Calcutta medical institutions reports 1892-1900
Year: 1892
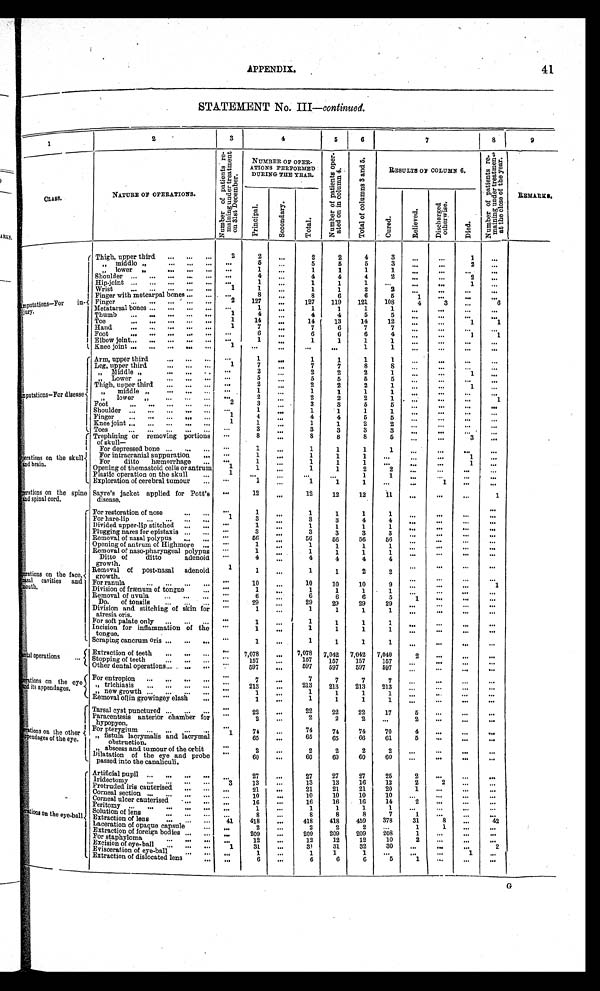
APPENDIX.
41
STATEMENT No. III— continued.
1
2
3
4
5
6
7
8
9
N u m b e r o f p a t i e n t s r e - m a i n i n g u n d e r t r e a t m e n t o n 3 1 s t D e c e m b e r .
NUMBER OF OPER-
ATIONS PERFORME
DURING THE YEAR.
N u m b e r o f p a t i e n t s o p e r - a t e d o n i n c o l u m n 4 .
T o t a l o f c o l u m n s 3 a n d 5 .
RESULTS OF COLUMN 6.
N u m b e r o f p a t i e n e s r e - m a i n i n g u n d e r t r e a t m e n t a t t h e c l o s e o f t h e y e a r .
NATURE OF OPERATIONS.
C L A S S .
C u r e d .
R e l i e v e d .
D i s c h a r g e d o t h e r w i s e .
D i e d .
P r i n c i p a l .
S e c o n d a r y .
T o t a l .
. . .
Thigh, upper third . . .
2
2
. . .
2
2
4
3
. . .
. . .
1
m p u t a t i o n s — F o r i n -
jury.
5
5
5
5
3
. . .
. . .
2
. . .
5
" middlo " . . .
. . .
1
1
1
1
1.
. . .
. . .
. . .
. . .
" lower " . . .
. . .
. . .
. . .
4
4
4
2
. . .
. . .
2
. . .
4
Shoulder . . .
. . .
1
. . .
1
1
1
. . .
. . .
. . .
1 . . .
Hip-joint . . .
. . .
1
2
1
. . .
1
1
2
. . .
. . .
. . .
. . .
Wrist . . .
8
. . .
8
6
6
5
1
. . .
. . .
. . .
Finger wi th metcarpal bones . . .
. . . 2
127
127
119
121
108
4
3
. . .
6
Finger . . .
. . .
1
. . .
1
1
1
1
. . .
. . .
. . .
. . .
Metatarsal bones . . .
. . .
1
4
. . .
4
4
5
5
. . .
. . .
. . .
. . .
Thumb . . .
1
14
. . .
14
13
14
12
. . .
. . .
1
1
Toe . . .
1
7
. . .
7
6
7
7
. . .
. . .
. . .
. . .
Hand . . .
. . .
6
. . .
6
6
6
4
. . .
. . .
1
1
Foot . . .
. . .
1
. . .
1
1
1
1
. . .
. . .
. . .
. . .
Elbow joint . . .
1
. . .
. . .
. . .
. . .
1
1
. . .
. . .
. . .
. . .
Knee joint . . .
mputations-For disease
Arm, upper third . . .
. . .
1
. . .
1
1
1
1
. . .
. . .
. . .
. . .
1
7
. . .
7
7
8
8
. . .
. . .
. . .
. . .
Leg, upper third . . .
. . .
2
. . .
2
2
2
1
. . .
. . .
1
. . .
" Middle " . . .
. . .
5
. . .
5
5
5
5
. . .
. . .
. . .
. . .
" L o w e r " . . .
. . .
2
. . .
2
2
2
1
. . .
. . .
1
. . .
Thigh, upper third . . .
. . .
1
. . .
1
1
1
1
. . .
. . .
. . .
. . .
" middle
" . . .
. . .
2
. . .
2
2
2
1
. . .
. . .
. . .
1
" l o w e r " . . .
2
3
. . .
3
3
5
5
. . .
. . .
. . .
. . .
Foot . . . . . .
1
. . .
1
1
1
1
. . .
. . .
. . .
. . .
Shoulder . . .
1
4
. . .
4
4
5
5
. . .
. . .
. . .
. . .
Fi nger
. . .
1
1
. . .
1
1
2
2
...
. . .
. . .
. . .
Knee joint . . .
. . .
3
. . .
3
3
3
3
. . .
. . .
. . .
. . .
Toes . . .
. . .
8
. . .
8
8
8
5
. . .
. . .
3
. . .
p e r a t i o n s o n t h e s k u l l
a n d b r a i n .
Trephining or removing portions
of skull—
. . .
1
. . .
1
1
1
1
. . .
. . .
. . .
. . .
For depressed bone . . .
. . .
1
. . .
1
1
1
. . .
. . .
. . .
1
. . .
For intracranial suppuration . . .
. . .
1
. . .
1
1
1
. . .
. . .
. . .
1
. . .
For ditto hæmorrhage . . .
1
1
. . .
1
1
2
2
. . .
. . .
. . .
. . .
Opening of themastoid cells or antrum
1
. . .
. . .
. . .
. . .
1
1
. . .
. . .
. . .
. . .
Plastic operation on the skull . . .
. . .
1
. . .
1
1
1
. . .
. . .
1
. . .
. . .
Exploration of cerebral tumour . . .
p e r a t i o n s o n t h e s p i n e
and spinal cord.
Sayre's jacket applied for Pott's
disease.
. . .
12
. . .
12
12
12
11
. . .
. . .
. . .
1
. . .
1
. . .
1
1
1
1
. . .
. . .
. . .
. . .
For restoration of nose . . .
1
3
. . .
3
3
4
4
. . .
. . .
. . .
. . .
For hare-lip . . .
. . .
1
. . .
1
1
1
1
. . .
. . .
. . .
. . .
Divided upper-lip stitched . . .
. . .
3
. . .
3
3
3
3
. . .
. . .
. . .
. . .
Plugging nares for epistaxis . . .
. . .
56
. . .
56
56
56
56
. . .
. . .
. . .
. . .
Removal of nasal polypus . . .
. . .
1
. . .
1
1
1
1
. . .
. . .
. . .
. . .
Opening of antrum of Highmoro . . .
. . .
1
. . .
1
1
1
1
. . .
. . .
. . .
. . .
Removal of naso-pharyngeal polypus
. . .
4
4
4
4
4
. . .
. . .
. . .
. . .
perations on the face,
masal cavities and
mout h.
Ditto of ditto
adenoid
growth.
. . .
1
1
. . .
1
1
2
2
Removal of post-nasal adenoid
growth
. . .
. . .
. . .
. . .
. . .
10
. . .
10
10
10
9
. . .
. . .
1
. . .
For ranula . . .
. . .
1
. . .
1
1
1
1
. . .
. . .
. . .
. . .
Division of frænum of tongue . . .
. . .
6
. . .
6
6
6
5
1
. . .
. . .
. . .
Removal of uvula . . .
. . .
29
...
29
29
29
29
. . .
. . .
. . . . . .
Do. of tonsils . . .
. . .
1
. . .
1
1
1
1
. . .
. . .
. . .
. . .
Division and stitching of skin for
atresia oris.
. . .
1
. . .
1
1
1
1
. . .
. . .
. . .
. . .
For soft palate only . . .
. . .
1
. . .
1
1
1
1
. . .
. . .
. . .
. . .
Incision for inflammation of the
tongue.
. . .
1
. . .
1
1
1
1
. . .
. . .
. . .
. . .
Scraping cancrum oris . . .
<illegible>ental operations
. . .
Extraction of teeth . . .
. . .
7,078
. . . 7,078
7,042
7,042
7,040
2
. . .
. . .
. . .
157
157
157
157
. . .
. . .
. . .
. . .
Stopping of teeth . . .
. . .
157
. . .
Other dental operations . . .
. . .
5 9 7
. . . 597
597
597
597
. . .
. . .
. . .
. . .
Perations on the eye
and its appendages.
For entropion . . .
. . .
7
. . .
7
7
7
7
. . .
. . .
. . .
. . .
. . .
213
. . .
213
213
213
213
. . .
. . .
. . .
. . .
" trichiasis . . .
. . .
1
. . .
1
1
1
1
. . .
. . .
. . .
. . .
" new growth . . .
Removal of in growingey clash . . .
. . .
1
. . .
1
1
1
1
. . .
. . .
. . .
. . .
< i l l e g i b l e > p e r a t i o n s o n t h e o t h e r
s p p e n d a g e s o f t h e e y e .
Tarsal cyst punctured . . .
. . .
22
. . .
22
22
22
17
5
. . .
. . .
. . .
Paraeentesis anterior chamber for
hpopyon.
. . .
2
. . .
2
2
2
. . .
2
. . .
. . .
. . .
For pterygium . . .
. . .
74
. . .
74
74
74
70
4
. . .
. . .
. . .
" fistula lacrymalis and lacrymal
obstruction.
1
65
. . .
65
65
66
61
5
. . .
. . .
. . .
" abscess and tumour of the orbit
. . .
2
. . .
2
2
2
2
. . .
. . .
. . .
. . .
Dilatation of the eye and probe
passed into the canaliculi.
. . .
60
. . .
60
60
60
60
. . .
. . .
. . .
. . .
perations on the eye-ball
Artificial pupil . . .
. . .
27
. . .
27
27
27
25
2
. . .
. . .
. . .
Iridectomy . . .
3
13
. . .
13
13
16
12
2
2
. . .
. . .
Protruded iris cauterised . . .
. . .
21
. . .
21
21
21
20
1
. . .
. . .
. . .
Corneal section . . .
. . .
10
. . .
10
10
10
10
. . .
. . .
. . .
. . .
Corneal ulcer c auterised . . .
. . .
16
. . .
16
16
16
14
2
. . .
. . .
. . .
Peritomy . . .
. . .
1
. . .
1
1
1
1
. . .
. . .
. . .
. . .
Solution of lens . . .
. . .
8
. . .
8
8
8
7
1
. . .
. . .
. . .
Extraction of lens . . .
41
418
. . .
418
418
459
378
31
8
. . .
42
Laceration of opaque capsule . . .
. . .
2
. . .
2
2
2
. . .
1
1
. . .
. . .
Extraction of foreign bodies . . .
. . .
209
. . .
209
209
209
208
1
. . .
. . .
. . .
For staphyloma . . .
. . .
12
. . .
12
12
12
10
2
. . .
. . .
. . .
Excision of eye-ball . . .
1
31
. . .
3 1
31
32
30
. . .
. . .
. . .
2
Evisceration of eye-ball . . .
. . .
1
. . .
1
1
1
. . .
. . .
. . .
1
. . .
Extraction of dislocated lens . . .
. . .
6
. . .
6
6
6
5
1
. . .
. . .
. . .
G